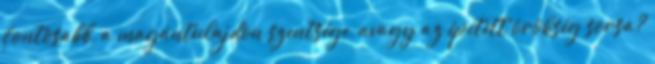
fontosabb, a magántulajdon szentsége, avagy az épített örökség sorsa?